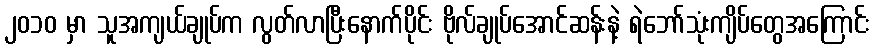
၂၀၁၀ မှာ သူအကျယ်ချုပ်က လွတ်လာပြီးနောက်ပိုင်း ဗိုလ်ချုပ်အောင်ဆန်းနဲ့ ရဲဘော်သုံးကျိပ်တွေအကြောင်း